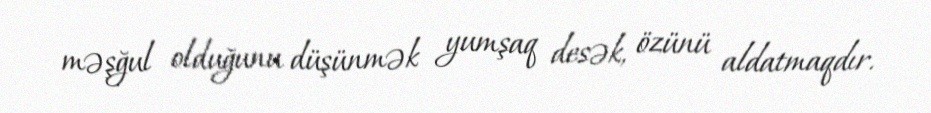
məşğul olduğunu düşünmək yumşaq desək, özünü aldatmaqdır.